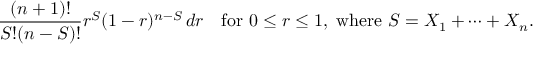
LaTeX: { \frac { ( n + 1 ) ! } { S ! ( n - S ) ! } } r ^ { S } ( 1 - r ) ^ { n - S } \, d r \quad { \mathrm { f o r ~ } } 0 \leq r \leq 1 , { \mathrm { ~ w h e r e ~ } } S = X _ { 1 } + \cdots + X _ { n } .